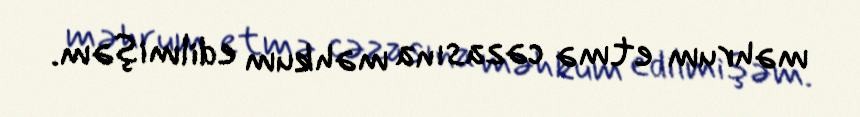
məhrum etmə cəzasına məhkum edilmişəm.